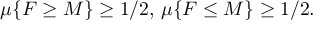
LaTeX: \mu \{ F \geq M \} \geq 1 / 2 , \, \mu \{ F \leq M \} \geq 1 / 2 .